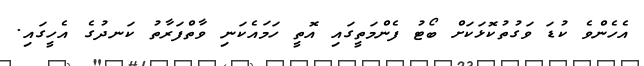
އެހެންވެ ކުޑަ ވަގުތުކޮޅަކަށް ބޯޓު ފެންމަތީގައި އޮތީ ހަމައެކަނި ވާތްފަރާތު ކަނދުގެ އެހީގައި.